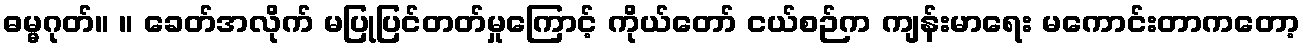
ဓမ္မဂုတ်။ ။ ခေတ်အလိုက် မပြုပြင်တတ်မှုကြောင့် ကိုယ်တော် ငယ်စဉ်က ကျန်းမာရေး မကောင်းတာကတော့